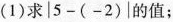
(1)求$$|5-(-2)|$$的值；